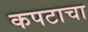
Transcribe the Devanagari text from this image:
कपटाचा